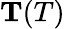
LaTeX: \mathbf T(T)